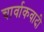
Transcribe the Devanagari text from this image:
चार्वाकवादी